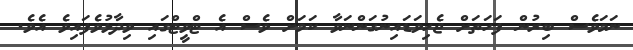
ނަމަވެސް ބިރުން ފަހަތަށް ޖެހިވަޑައިނުގަންނަވާ ކަމަށް ވެސް އެ ޓްވީޓްގައި ވިދާޅުވެފައިވެ އެވެ.